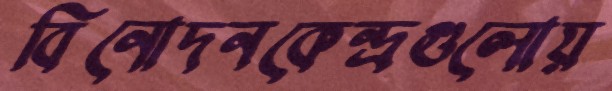
বিনোদনকেন্দ্রগুলোয়